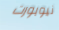
نيوبورت